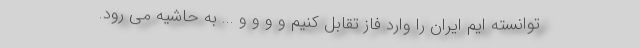
توانسته ایم ایران را وارد فاز تقابل کنیم و و و و ... به حاشیه می رود.